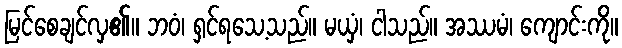
မြင်စေချင်လှ၏။ ဘဝံ၊ ရှင်ရသေ့သည်။ မယှံ၊ ငါသည်။ အဿမံ၊ ကျောင်းကို။